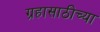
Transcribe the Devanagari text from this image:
ग्रहासाठीच्या